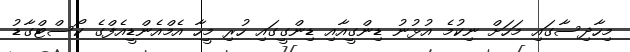
މިހާދިސާގައި މަހަށް ނިކުމެ އުޅުނު ޑިންގީއާއި ޑިންގީގައި ހުރި މީހާ އެމްއެންޑީއެފްގެ ކޯސްޓްގާޑު